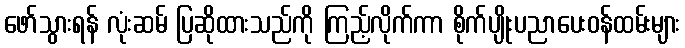
ဖော်သွားရန် လုံးဆမ် ပြဆိုထားသည်ကို ကြည့်လိုက်ကာ စိုက်ပျိုးပညာပေးဝန်ထမ်းများ